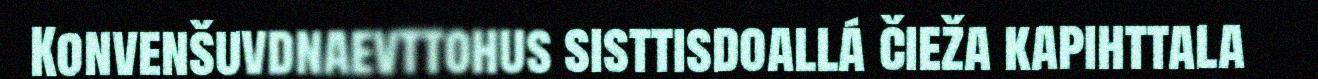
Konvenšuvdnaevttohus sisttisdoallá čieža kapihttala